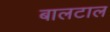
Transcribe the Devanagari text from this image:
बालटाल